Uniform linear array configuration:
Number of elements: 4
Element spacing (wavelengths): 0.25
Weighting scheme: binomial
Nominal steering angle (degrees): -45
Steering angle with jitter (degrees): -43.197
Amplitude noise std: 0.05
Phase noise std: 0.05

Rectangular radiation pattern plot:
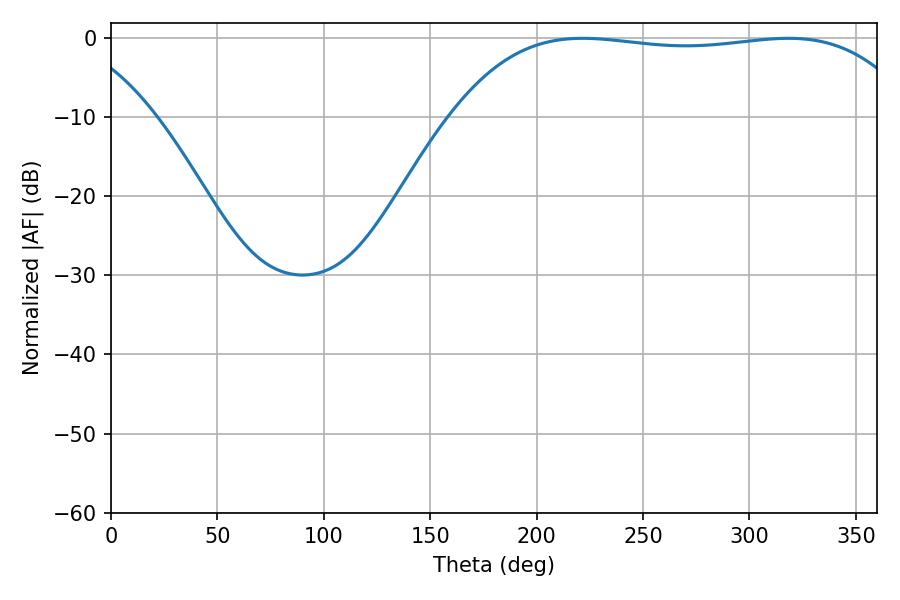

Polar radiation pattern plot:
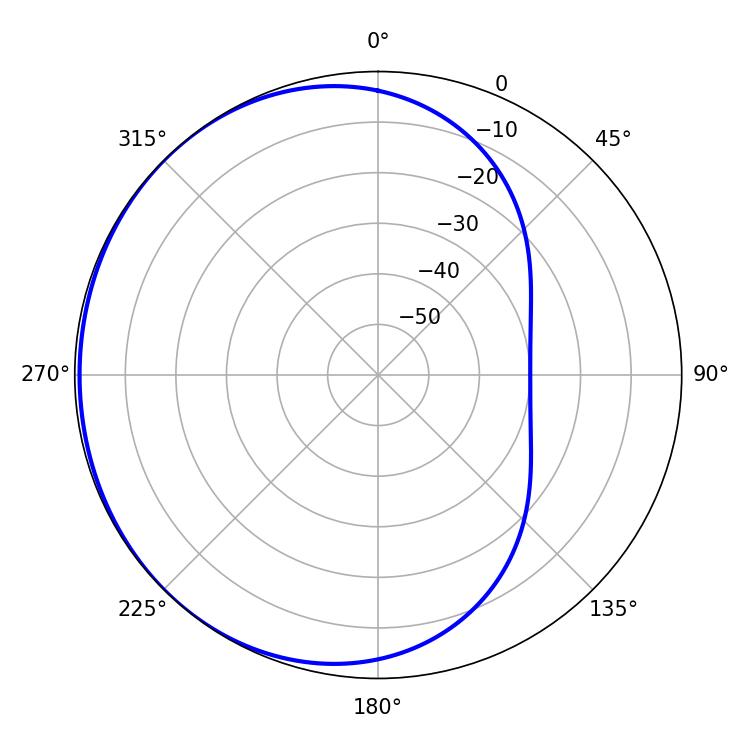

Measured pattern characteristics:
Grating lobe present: FALSE
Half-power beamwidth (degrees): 171.72
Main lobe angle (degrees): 221.58